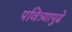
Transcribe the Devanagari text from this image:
पवित्र्यापुढे